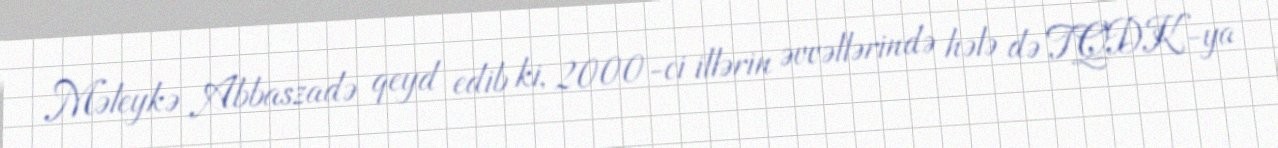
Məleykə Abbaszadə qeyd edib ki, 2000-ci illərin əvvəllərində hələ də TQDK-ya